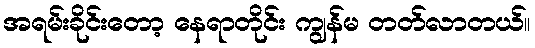
အရမ်းခိုင်းတော့ နေရာတိုင်း ကျွန်မ တတ်လာတယ်။